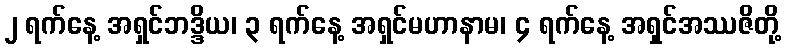
၂ ရက်နေ့ အရှင်ဘဒ္ဒိယ၊ ၃ ရက်နေ့ အရှင်မဟာနာမ၊ ၄ ရက်နေ့ အရှင်အဿဇိတို့